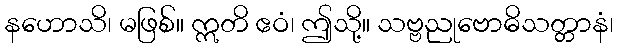
နဟောသိ၊ မဖြစ်။ ဣတိ ဧဝံ၊ ဤသို့။ သဗ္ဗညုဗောဓိသတ္တာနံ၊